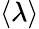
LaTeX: \left<\lambda\right>